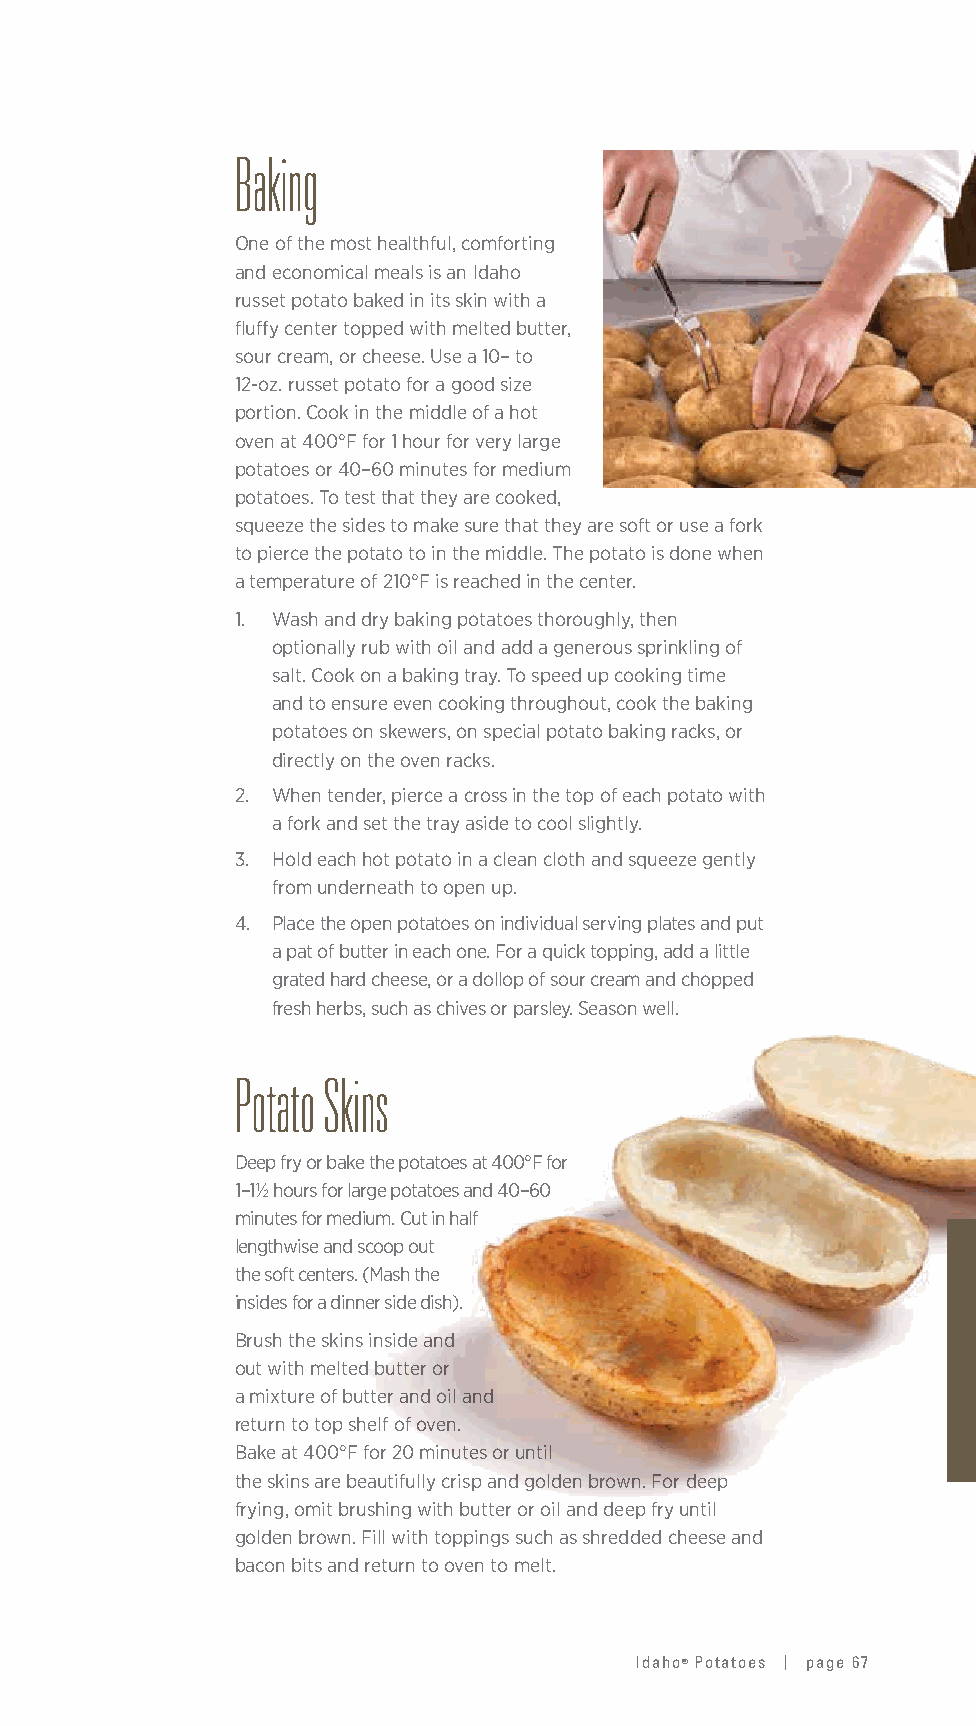
Baking
 One of the most healthful, comforting
 and economical meals is an Idaho
 russet potato baked in its skin with a
 fluffy center topped with melted butter,
 sour cream, or cheese. Use a 10– to
 12-oz. russet potato for a good size
 portion. Cook in the middle of a hot
 oven at 400°F for 1 hour for very large
 potatoes or 40–60 minutes for medium
 potatoes. To test that they are cooked,
 squeeze the sides to make sure that they are soft or use a fork
 to pierce the potato to in the middle. The potato is done when
 a temperature of 210°F is reached in the center.
 1. Wash and dry baking potatoes thoroughly, then
 optionally rub with oil and add a generous sprinkling of
 salt. Cook on a baking tray. To speed up cooking time
 and to ensure even cooking throughout, cook the baking
 potatoes on skewers, on special potato baking racks, or
 directly on the oven racks.
 2. When tender, pierce a cross in the top of each potato with
 a fork and set the tray aside to cool slightly.
 3. Hold each hot potato in a clean cloth and squeeze gently
 from underneath to open up.
 4. Place the open potatoes on individual serving plates and put
 a pat of butter in each one. For a quick topping, add a little
 grated hard cheese, or a dollop of sour cream and chopped
 fresh herbs, such as chives or parsley. Season well.
 Potato Skins
 Deep fry or bake the potatoes at 400°F for
 1–1½ hours for large potatoes and 40–60
 minutes for medium. Cut in half
 lengthwise and scoop out
 the soft centers. (Mash the
 insides for a dinner side dish).
 Brush the skins inside and
 out with melted butter or
 a mixture of butter and oil and
 return to top shelf of oven.
 Bake at 400°F for 20 minutes or until
 the skins are beautifully crisp and golden brown. For deep
 frying, omit brushing with butter or oil and deep fry until
 golden brown. Fill with toppings such as shredded cheese and
 bacon bits and return to oven to melt.
 Idaho® Potatoes | page 67